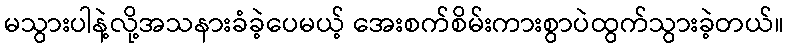
မသွားပါနဲ့လို့အသနားခံခဲ့ပေမယ့် အေးစက်စိမ်းကားစွာပဲထွက်သွားခဲ့တယ်။